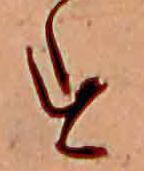
す